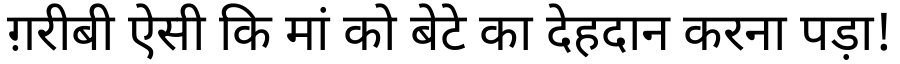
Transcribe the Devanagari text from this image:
ग़रीबी ऐसी कि मां को बेटे का देहदान करना पड़ा!